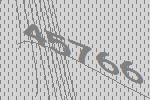
45766